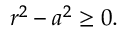
r ^ { 2 } - a ^ { 2 } \geq 0 .